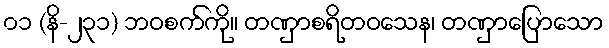
၀၁ (နိ-၂၃၁) ဘဝစက်ကို။ တဏှာစရိတဝသေန၊ တဏှာပြောသော